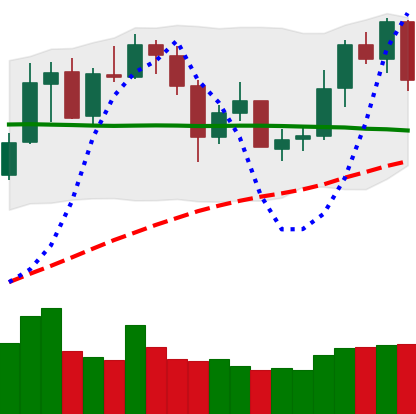
Ticker: XMR-USD
Chart end date: 2020-05-31
Forward return: 4.042%
Label: up_3_5